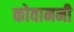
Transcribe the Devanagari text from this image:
कोवाननी